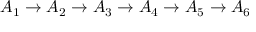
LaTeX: A _ { 1 } \to A _ { 2 } \to A _ { 3 } \to A _ { 4 } \to A _ { 5 } \to A _ { 6 }